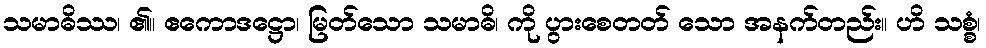
သမာဓိဿ၊ ၏။ ဧကောဒဋ္ဌော၊ မြတ်သော သမာဓိ၊ ကို ပွားစေတတ် သော အနက်တည်း။ ဟိ သစ္စံ၊